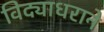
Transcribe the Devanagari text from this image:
विद्याधराने